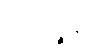
ဩသိဉ္စန္တိပိ